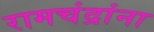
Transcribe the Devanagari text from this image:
रामचंद्रांना